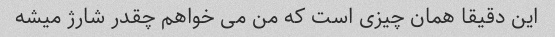
این دقیقا همان چیزی است که من می خواهم چقدر شارژ میشه